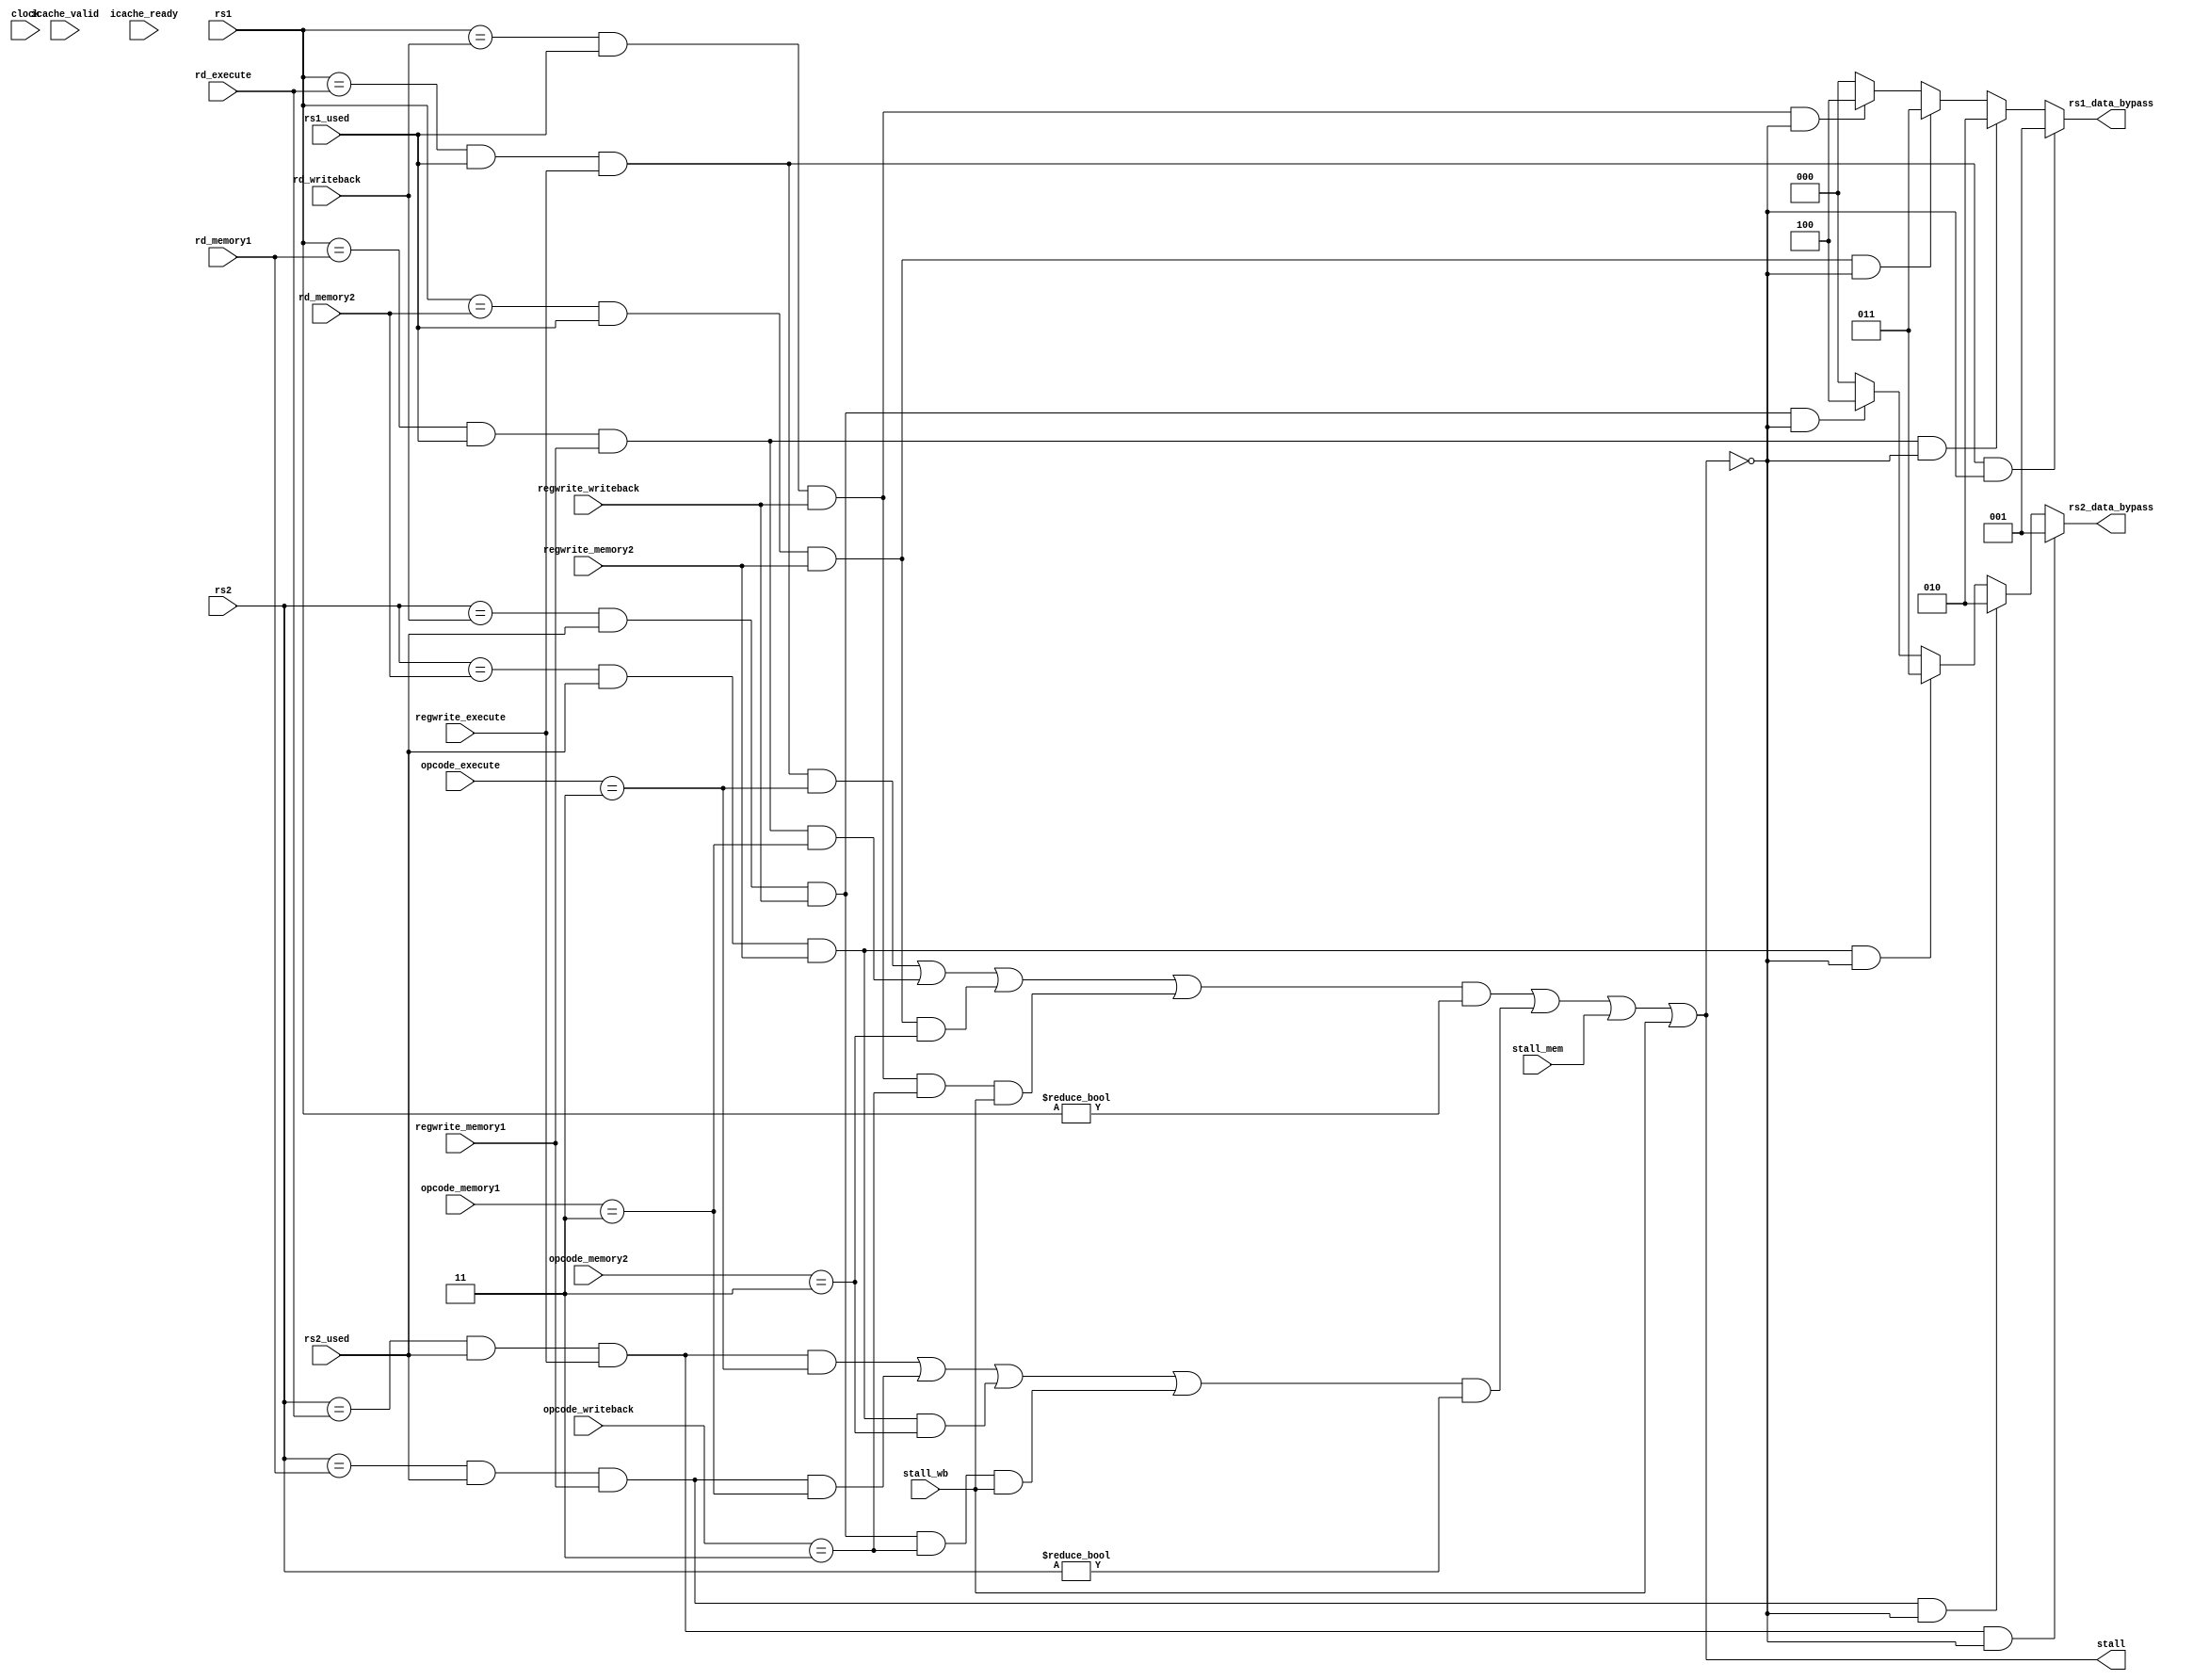
/*  @author : Adaptive & Secure Computing Systems (ASCS) Laboratory

 *  Copyright (c) 2018 BRISC-V (ASCS/ECE/BU)
 *  Permission is hereby granted, free of charge, to any person obtaining a copy
 *  of this software and associated documentation files (the "Software"), to deal
 *  in the Software without restriction, including without limitation the rights
 *  to use, copy, modify, merge, publish, distribute, sublicense, and/or sell
 *  copies of the Software, and to permit persons to whom the Software is
 *  furnished to do so, subject to the following conditions:
 *  The above copyright notice and this permission notice shall be included in
 *  all copies or substantial portions of the Software.
 z
 *  THE SOFTWARE IS PROVIDED "AS IS", WITHOUT WARRANTY OF ANY KIND, EXPRESS OR
 *  IMPLIED, INCLUDING BUT NOT LIMITED TO THE WARRANTIES OF MERCHANTABILITY,
 *  FITNESS FOR A PARTICULAR PURPOSE AND NONINFRINGEMENT. IN NO EVENT SHALL THE
 *  AUTHORS OR COPYRIGHT HOLDERS BE LIABLE FOR ANY CLAIM, DAMAGES OR OTHER
 *  LIABILITY, WHETHER IN AN ACTION OF CONTRACT, TORT OR OTHERWISE, ARISING FROM,
 *  OUT OF OR IN CONNECTION WITH THE SOFTWARE OR THE USE OR OTHER DEALINGS IN
 *  THE SOFTWARE.
 *
 *
 */

/*********************************************************************************
*                              stallControl.v                                    *
*********************************************************************************/


module stall_and_bypass_control_unit (
  input clock,
  input [4:0] rs1,
  input [4:0] rs2,
  input regwrite_execute,
  input regwrite_memory1,
  input regwrite_memory2,
  input regwrite_writeback,
  input [4:0] rd_execute,
  input [4:0] rd_memory1,
  input [4:0] rd_memory2,
  input [4:0] rd_writeback,
  input [6:0] opcode_execute,
  input [6:0] opcode_memory1,
  input [6:0] opcode_memory2,
  input [6:0] opcode_writeback,
  input icache_valid, //not used
  input icache_ready, //not used
  input stall_mem,
  input stall_wb,
  input rs1_used,
  input rs2_used,

  output [2:0] rs1_data_bypass,
  output [2:0] rs2_data_bypass,
  output stall
);


wire rs1_stall_detected;
wire rs2_stall_detected;
wire stall_detected;

wire rs1_hazard_execute;
wire rs1_hazard_memory1;
wire rs1_hazard_memory2;
wire rs1_hazard_writeback;
wire rs1_load_hazard_execute;
wire rs1_load_hazard_memory1;
wire rs1_load_hazard_memory2;
wire rs1_load_hazard_writeback;
wire rs1_load_hazard;

wire rs2_hazard_execute;
wire rs2_hazard_memory1;
wire rs2_hazard_memory2;
wire rs2_hazard_writeback;
wire rs2_load_hazard_execute;
wire rs2_load_hazard_memory1;
wire rs2_load_hazard_memory2;
wire rs2_load_hazard_writeback;
wire rs2_load_hazard;

wire load_opcode_in_execute;
wire load_opcode_in_memory1;

localparam [6:0] LOAD = 7'b0000011;

// Detect hazards between decode and other stages
assign load_opcode_in_execute   = opcode_execute   == LOAD;
assign load_opcode_in_memory1   = opcode_memory1   == LOAD;
assign load_opcode_in_memory2   = opcode_memory2   == LOAD;
assign load_opcode_in_writeback = opcode_writeback == LOAD;

assign rs1_hazard_execute   = (rs1 == rd_execute   ) & rs1_used & regwrite_execute  ;
assign rs1_hazard_memory1   = (rs1 == rd_memory1   ) & rs1_used & regwrite_memory1  ;
assign rs1_hazard_memory2   = (rs1 == rd_memory2   ) & rs1_used & regwrite_memory2  ;
assign rs1_hazard_writeback = (rs1 == rd_writeback ) & rs1_used & regwrite_writeback;

assign rs2_hazard_execute   = (rs2 == rd_execute  ) & rs2_used &  regwrite_execute ;
assign rs2_hazard_memory1   = (rs2 == rd_memory1  ) & rs2_used & regwrite_memory1  ;
assign rs2_hazard_memory2   = (rs2 == rd_memory2  ) & rs2_used & regwrite_memory2  ;
assign rs2_hazard_writeback = (rs2 == rd_writeback) & rs2_used & regwrite_writeback;

assign rs1_load_hazard_execute   = rs1_hazard_execute   & load_opcode_in_execute;
assign rs1_load_hazard_memory1   = rs1_hazard_memory1   & load_opcode_in_memory1; 
assign rs1_load_hazard_memory2   = rs1_hazard_memory2   & load_opcode_in_memory2; 
assign rs1_load_hazard_writeback = rs1_hazard_writeback & load_opcode_in_writeback & 
                                   stall_wb;
assign rs1_load_hazard           = rs1_load_hazard_execute | rs1_load_hazard_memory1 |
                                   rs1_load_hazard_memory2 | rs1_load_hazard_writeback;
assign rs1_stall_detected        = rs1_load_hazard & (rs1 != 5'd0);

assign rs2_load_hazard_execute   = rs2_hazard_execute   & load_opcode_in_execute;
assign rs2_load_hazard_memory1   = rs2_hazard_memory1   & load_opcode_in_memory1; 
assign rs2_load_hazard_memory2   = rs2_hazard_memory2   & load_opcode_in_memory2; 
assign rs2_load_hazard_writeback = rs2_hazard_writeback & load_opcode_in_writeback & 
                                   stall_wb;
assign rs2_load_hazard           = rs2_load_hazard_execute | rs2_load_hazard_memory1 |
                                   rs2_load_hazard_memory2 | rs2_load_hazard_writeback;
assign rs2_stall_detected        = rs2_load_hazard & (rs2 != 5'd0);

//stall on a loadword and rd overlap
assign stall_detected = rs1_stall_detected | rs2_stall_detected;

// The "Bonus" stall cycle has been removed.
assign stall = stall_detected | stall_mem | stall_wb;

//data bypassing to decode rs mux
assign rs1_data_bypass = (rs1_hazard_execute   & !stall) ? 3'b001 :
                         (rs1_hazard_memory1   & !stall) ? 3'b010 :
                         (rs1_hazard_memory2   & !stall) ? 3'b011 :
                         (rs1_hazard_writeback & !stall) ? 3'b100 :
                         3'b000;

assign rs2_data_bypass = (rs2_hazard_execute   & !stall) ? 3'b001 :
                         (rs2_hazard_memory1   & !stall) ? 3'b010 :
                         (rs2_hazard_memory2   & !stall) ? 3'b011 :
                         (rs2_hazard_writeback & !stall) ? 3'b100 :
                         3'b000;

endmodule